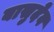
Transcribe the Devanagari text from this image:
बासुदेव